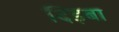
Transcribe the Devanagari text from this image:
दिड़बा